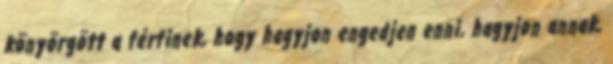
könyörgött a férfinek, hogy hagyjon engedjen enni, hagyjon annak,